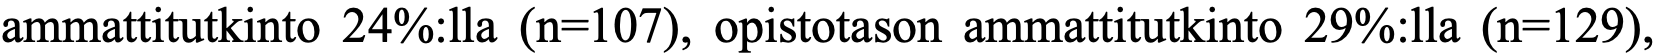
ammattitutkinto 24%:lla (n=107), opistotason ammattitutkinto 29%:lla (n=129),